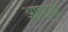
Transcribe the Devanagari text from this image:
आफ़तों